Vaccination in Burma 1900-1911 - 1900-1911
Year: 1900
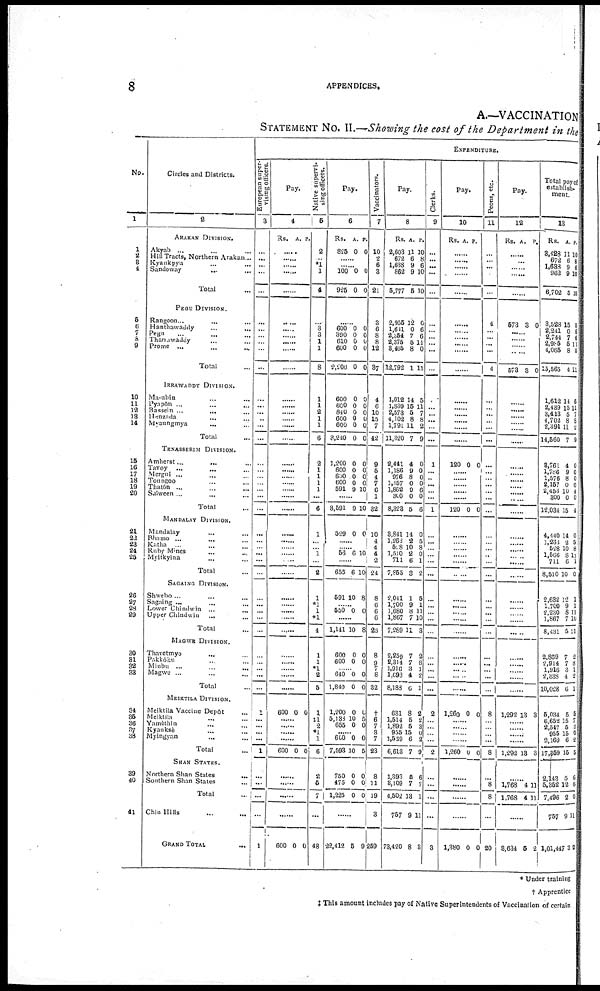
8
APPENDICES.
A.—VACCINATION
STATEMENT NO. II. —Showing the cost of the Department in the
No.
1
1
2
3
4
5
6
7 8
9
10
11
12
13
14
15
16
17
18
19
20
21
22
23
24
25
26
27
28
29
30
31
32
33
34
35
36
37
38
39
40
41
Circles and Districts.
2
ARAKAN DIVISION.
Akyab ... ... ...
Hill Tracts, Northern Arakan ...
Kyankpyu ... ...
Sandoway
...
...
Total ...
PEGU DIVISION.
Rangoon... ... ...
Hanthawaddy ... ...
Pegu ... ...
Tharrawaday ... ...
Prome
...
...
...
Total ...
IRRAWADDY DIVISION.
Ma-ubin ... ...
Pyapôn ... ...
Bassein ... ...
Henzada ... ...
Myaungmya
...
...
Total ...
TENASSERIM DIVISION.
Amherst ... ... ...
Tavoy ... ... ...
Mergui ... ... ...
Toungoo ... ... ...
Thatôn
...
...
...
Saiween ... ... ...
Total ...
MANDALAY DIVISION.
Mandalay ... ... ...
Bhamo ... ... ...
Katha
... ... ...
Ruby Mines ... ...
Myitkyina ... ...
Total ...
SAGAINO DIVISION.
Shwebo ... ... ...
Sagaing ... ... ...
Lower Chindwin ... ...
Upper Chindwin ... ...
Total ...
MAGWE DIVISION.
Thavetmyo ... ... ...
Pakkôku ... ... ...
Minbu ... ... ...
Magwe ... ... ...
Total ...
MEIKTILA DIVISION.
Meiktila Vaccine Depôt ...
Meiktila ... ... ...
Yamèthin ... ... ...
Kyauksè ... ... ...
Myingyan ... ... ...
Total ...
SHAN STATES.
Northern Shan States ...
Southern Shan States ...
Total ...
Chin Hills ... ...
GRAND TOTAL
...
EXPENDITURE.
European super-
vising officers.
3
...
...
...
...
...
...
...
...
...
...
...
...
...
...
...
...
...
...
...
...
...
...
...
...
...
...
...
...
...
...
...
...
...
...
...
...
...
...
...
...
1
...
...
...
...
1
...
...
...
...
1
Pay.
4
Rs.
A. P.
......
......
......
......
......
......
......
......
......
......
......
......
......
......
......
......
......
......
...... ......
......
......
......
......
......
......
......
......
......
......
......
......
......
......
......
......
......
......
......
......
600 0 0
......
......
......
......
600 0 0
......
......
......
......
600 0 0
Native supervi-
sing officers.
5
2
... *1
1
4
...
3
3
1
1
8
1
1
2
1
1
6
2
1
1
1
1
...
6
1
...
... 1
...
2
1
*1
1
*1
4
1
1
*1
2
5
1
‡1
2
*l
1
6
2
5
7
...
48
Pay.
6
Rs.
825
A.
0
P.
0
......
......
100
925
0
0
0
0
......
600
390
610
600
2,200
0
0 0
0
0
0
0
0
0
0
600
600
840
600
600
3,240
0
0
0
0
0
0
0
0
0
0
0
0
1,200
600
600
600
591
0
0
0 0
9
0
0
0 0
10
......
3,591 9 10
599 0 0
......
...... 56 6 10
......
655 6 10
591 10 8
...... 550 0 0
......
1,141 10 8
600
600
0
0
0
0
...... 640
1,840
0
0
0
0
1,200
5,133
655
0
10
0
0
5
0
...... 600
7,593
0
10
0
5
750
475
1,225
0
0
0
0
0
0
......
22,412 5 9
Vaccinators.
7
10
2
6
3
21
3
6
8
8
12
37
4
6
10
15
7
42
9
5
4
7
6
1
32
10
4
4
4
2
24
8
6
6
6
28
8
9
... 8
32
†
6
7
3
7
23
8
11
19
3
259
Pay.
8
Rs.
2,603
672
1,638
862
5,777
A.
11
6
9
9
5
P.
10
8
6
10
10
2,955
1,611
2,354
2,375
3,465
12,792
12
0
7
5
8
1
0
6
6
11
0
11
1,012
1,839
2,573
4,102
1,791
11,320
14
15
5
8
11
7
5
11
7
8
2
9
2,441
1,186
976
1,557
1,862
300
8,323
4
9
8
0
0
0
5
0
0
0
0
6
0
6
3,841
1,263 528
1,510
711
7,855
14
2
10
2 6
8
0
5
8
0
1
2
2,041
1,700
1,680
1,867
7,289
1
9
8
7
11
5
1
11
10
3
2,259
2,314
1,916
1,693
8,188
7
7
3
4
6
2
8
1
2
1
681
1,514
1,892
955
1,539
6,613
8
5
5
15
6
7
2
2
3
0 2
9
1,893
3,109
4,502
757
73,420
5
7
13
9
8
6
7
1
11
3
Clerks.
9
...
...
...
...
...
...
...
...
...
...
...
...
...
...
...
...
...
1
...
...
...
...
...
1
...
...
...
...
...
...
...
...
...
...
...
...
...
...
...
...
2
...
...
...
...
2
...
...
...
...
3
Pay.
10
Rs. A. P.
......
......
......
......
......
......
......
......
......
......
......
......
......
......
......
......
......
120 0 0
......
......
......
......
......
120 0 0
......
......
......
......
......
......
......
......
......
......
......
......
......
......
......
......
1,260 0
0
......
......
......
......
1,260 0
0
......
......
......
......
1,380 0 0
Peons, etc.
11
...
...
...
...
...
4
...
...
...
...
4
...
...
...
...
...
...
...
...
...
...
...
...
...
...
...
...
...
...
...
...
...
...
...
...
...
...
...
...
...
8
...
...
...
...
8
...
8
8
...
20
Pay.
12
Rs. A. P.
......
......
......
......
......
573 3 0
......
......
......
......
573 3 0
......
......
......
......
......
......
......
......
......
......
......
......
......
......
......
......
......
......
......
......
......
......
......
......
......
......
...... ......
......
1,292 13 3
......
...... ......
......
1,292 13 3
......
1,768
1,768
4
4
11
11
......
3,634 5
2
Total payof
establish.
ment.
13
Rs.
3,428
672
1,638
962
6,702
A.
11
6
9
9
5
P.
10
8
6
10
10
3,523
2,241
2,744
2,985
1,065
13,565
15
0
7
5
8
4
0
6
6
11
0
11
1,612
2,439
3,413
1,702
2,391
14,560
14
15
5
8
11
7
5
11
7
8
2
9
8,761
1,786
1,576
2,157
2,453
300
12,034
4
9
8
0
10
0
15
0
0
0
0
4
0
4
4,440
1,263
528
1,566
711
8,510
14
2
10
8
6
10
0
5
8
11
1
0
2,632
1,700
2,230
1,867
8,431
12
9
8 7
5
1
1
11
10
11
2,859
2,914
1,916
2,388
10,028
7
7
3
4
6
2
8
1
2
1
5,034
6,652
2,547
955
2,169
17,359
5
15
5
15
6
1
5
7 3
0
2
5
2,143
5,352
7,496
757
1,01,447
5
12
2
9
3
6
6
0
11
2
* Under training
† Apprentice
‡ This amount includes pay of Native Superintendents of Vaccination of certain